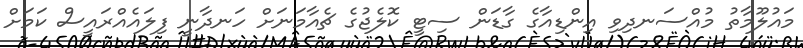
މައުލޫމާތު މުއްސަނދިވި އިންޑިއާގެ ގާޑަން ސިޓީ ކޮލެޖުގެ ޗެއާމަނަށް ހަނދާނީ ފިލައެއްރައީސް ކަމަށް